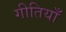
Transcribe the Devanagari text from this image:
गीतियाँ